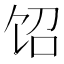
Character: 𲋤